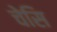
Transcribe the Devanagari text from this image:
चेसि